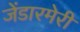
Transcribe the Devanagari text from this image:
जेंडारमेरी